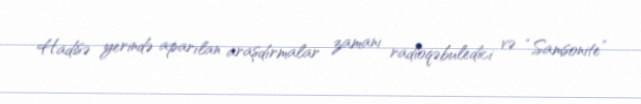
Hadisə yerində aparılan araşdırmalar zamanı radioqəbuledici və “Samsonite”